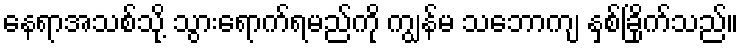
နေရာအသစ်သို့ သွားရောက်ရမည်ကို ကျွန်မ သဘောကျ နှစ်ခြိုက်သည်။